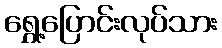
ရွှေ့ပြောင်းလုပ်သား